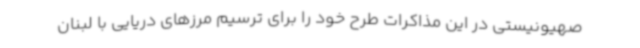
صهیونیستی در این مذاکرات طرح خود را برای ترسیم مرزهای دریایی با لبنان